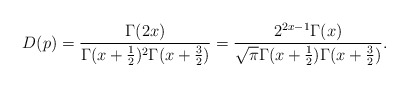
\begin{align*}D(p) = \frac{\Gamma(2x)}{\Gamma(x+\frac12)^2\Gamma(x+\frac32)} = \frac{2^{2x-1}\Gamma(x)}{\sqrt{\pi}\Gamma(x+\frac{1}{2})\Gamma(x+\frac{3}{2})}.\end{align*}